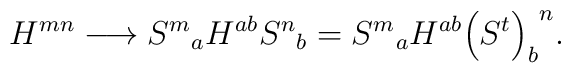
H^{mn} \longrightarrow {S^m}_a H^{ab} {S^n}_b = {S^m}_a H^{ab}  {\left(S^t\right)_b}^n.